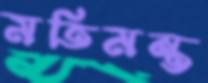
মতিমন্ত